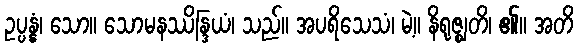
ဥပ္ပန္နံ၊ သော။ သောမနဿိန္ဒြယံ၊ သည်။ အပရိသေသံ၊ မဲ့။ နိရုဇ္ဈတိ၊ ၏။ အတိ